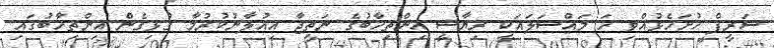
ޝަރީފް ހުށަހެޅުއްވި ހަ މައްސަލައަކީ ރިޔާސީ އިންތިހާބުގެ ނަތީޖާ އިއުލާނުކުރުމާ ގުޅިގެން އިންތިހާބުގައި